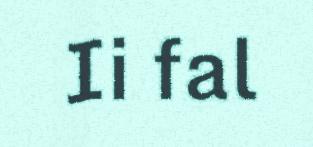
Ii fal